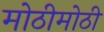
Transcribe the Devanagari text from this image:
मोठीमोठी